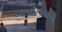
અટકાવવાની